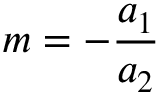
m = - \frac { a _ { 1 } } { a _ { 2 } }